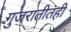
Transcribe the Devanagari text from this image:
गुजरातीतही